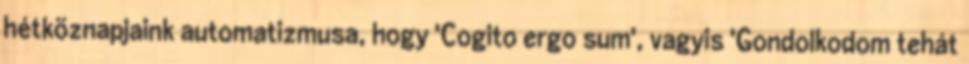
hétköznapjaink automatizmusa, hogy 'Cogito ergo sum', vagyis 'Gondolkodom tehát